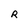
Character: R